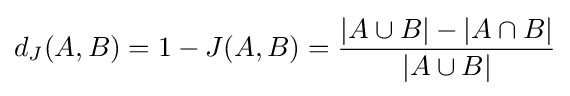
d_{J}(A,B)=1-J(A,B)={\frac {|A\cup B|-|A\cap B|}{|A\cup B|}}